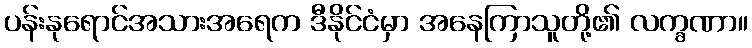
ပန်းနုရောင်အသားအရေက ဒီနိုင်ငံမှာ အနေကြာသူတို့၏ လက္ခဏာ။